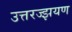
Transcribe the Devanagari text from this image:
उत्तरज्झयण